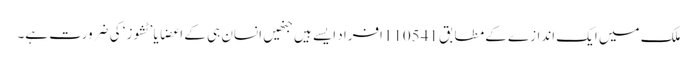
ملک میں ایک اندازے کے مطابق 110541افراد ایسے ہیں جنھیں انسان ہی کے اعضا یا ’ٹشوز‘ کی ضرورت ہے۔